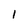
Character: l